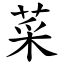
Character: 菜